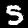
Digit: 5